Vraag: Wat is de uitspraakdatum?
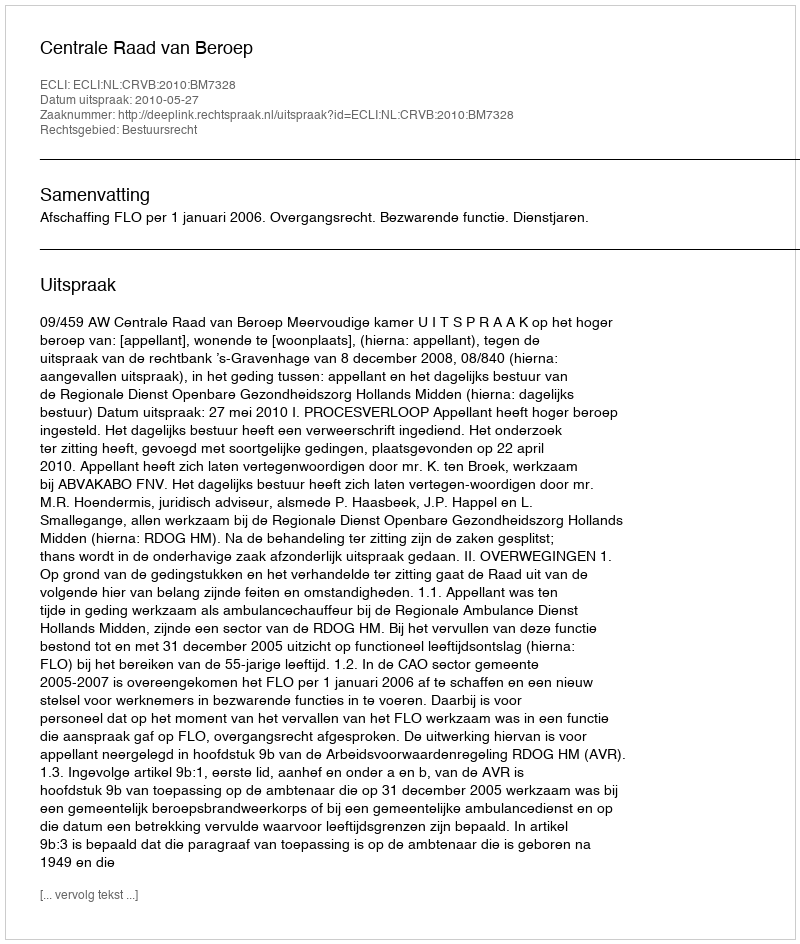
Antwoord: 2010-05-27